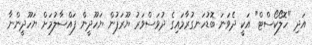
އަދި "ހޮލޯކޯސްޓް" އަކީ ދެވަނަ ބޮޑުހަނގުރާމައިގެ ދުވަސްވަރު ޔޫރަޕުން ޔަހޫދީން ފައްސާލުމަށް ޔަހޫދީންނާ